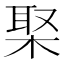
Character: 棸